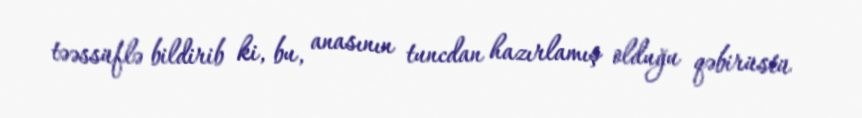
təəssüflə bildirib ki, bu, anasının tuncdan hazırlamış olduğu qəbirüstü